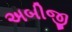
અબીજી